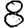
Digit: 8